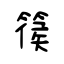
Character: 篌